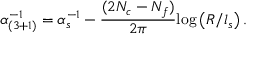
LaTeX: \alpha _ { ( 3 + 1 ) } ^ { - 1 } = \alpha _ { s } ^ { - 1 } - \frac { ( 2 N _ { c } - N _ { f } ) } { 2 \pi } \mathrm { l o g } \left( R / l _ { s } \right) .